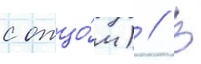
с отцо́м) // В